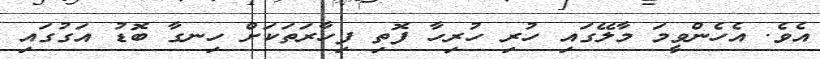
އެވެ. އެހެންވީމަ މާލޭގައި ހުރި ހުރިހާ ފޮތި ފިހާރަތަކަށް ހިނގާ ބޮޑު އަގުގައި